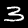
Digit: 3